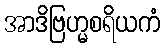
အာဒိဗြဟ္မစရိယကံ